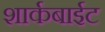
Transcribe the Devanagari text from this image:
शार्कबाईट